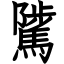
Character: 騭